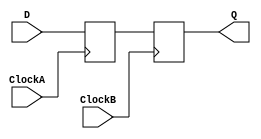
module master_slave_synchronizer (
    input wire D,          // Data input
    input wire ClockA,    // Clock input for Master Flip-Flop
    input wire ClockB,    // Clock input for Slave Flip-Flop
    output reg Q          // Synchronized output
);

    reg Q1;               // Output of Master Flip-Flop

    // Master Flip-Flop captures D on the rising edge of ClockA
    always @(posedge ClockA) begin
        Q1 <= D;         // Capture input data
    end

    // Slave Flip-Flop captures Q1 on the rising edge of ClockB
    always @(posedge ClockB) begin
        Q <= Q1;        // Output synchronized data
    end

endmodule